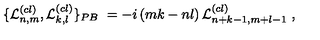
\{ { { \cal { L } } _ { n , m } ^ { ( c l ) } } , { { \cal { L } } _ { k , l } ^ { ( c l ) } } \} _ { P B } \ = - i \left( m k - n l \right) { { \cal { L } } _ { n + k - 1 , m + l - 1 } ^ { ( c l ) } } \ ,